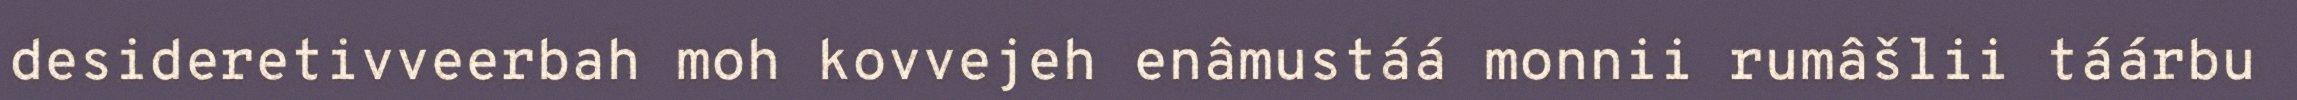
desideretivveerbah moh kovvejeh enâmustáá monnii rumâšlii táárbu